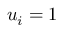
u _ { i } = 1